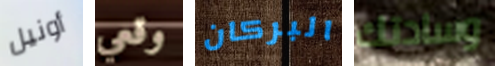
أونيل وقعي البركان وسادتك